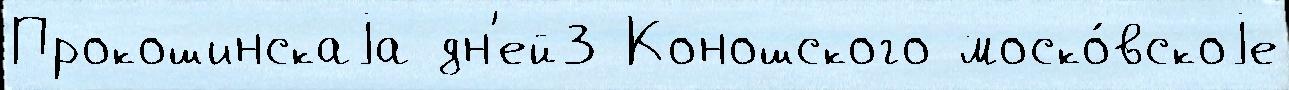
Прокошинскаjа дн'ей3 Коношского моско́вскоjе